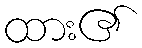
ထား၏